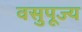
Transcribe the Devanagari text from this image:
वसुपूज्य